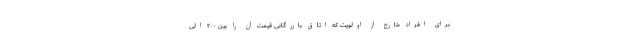
برای افراد خارج از اولویت که اتاق بازرگانی قیمت آن را بین ۲۰۰ الی